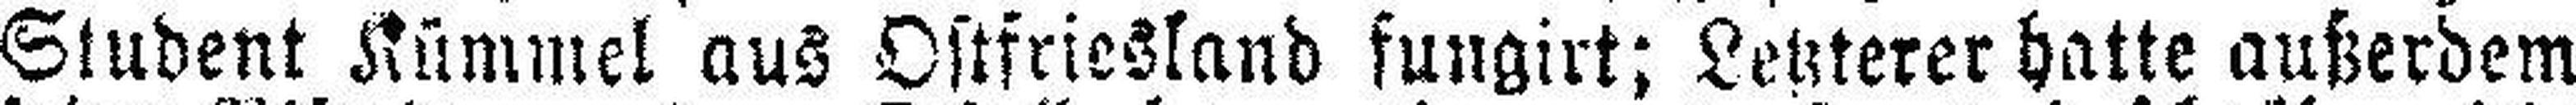
Student Kümmel aus Ostfriesland fungirt; Letzterer hatte außerdem